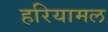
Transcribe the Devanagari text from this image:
हरियामल